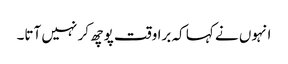
انہوں نے کہا کہ برا وقت پوچھ کر نہیں آتا۔